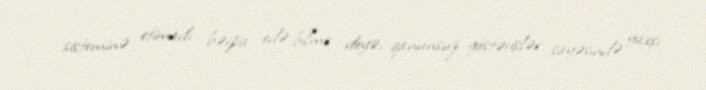
sisteminə etimadı bərpa edə bilmir deyə, qanunsuz göstərişlər sayəsində yaxşı